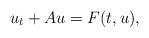
LaTeX: \begin{align*}u_t+A u=F(t,u),\end{align*}